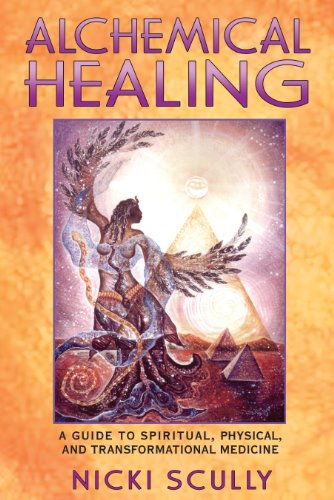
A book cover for Alchemical Healing: A Guide to Spiritual, Physical, and Transformational Medicine; Nicki Scully; Religion & Spirituality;